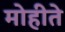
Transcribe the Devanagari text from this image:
मोहीते